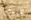
للبوابة